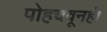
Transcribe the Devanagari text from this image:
पोहचवूनही